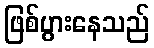
ဖြစ်ပွားနေသည်